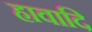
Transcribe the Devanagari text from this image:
हावादि